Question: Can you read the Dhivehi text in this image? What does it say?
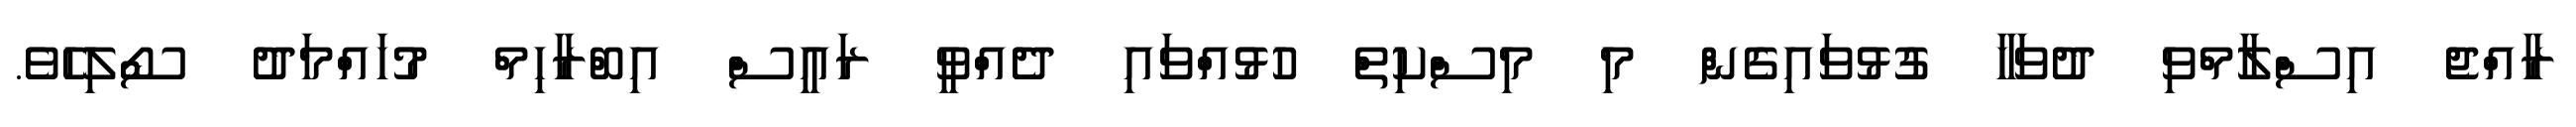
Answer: ރާއްޖެ އިސްލާމްވި ދުވަހާ ގުޅުވައިގެން މި މިސްކިތް ހުޅުއްވައި ދެއްވީ ރައީސް އިބްރާހިމް މުހައްމަދު ސޯލިހެވެ.